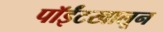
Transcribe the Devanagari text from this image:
पॉईंटखालून